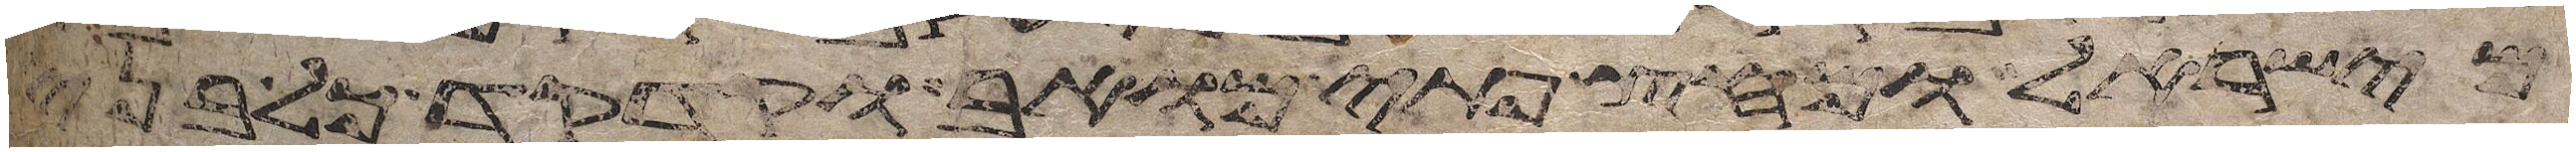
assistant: מישראל מחץ פתי מואב וקדקד כל בני